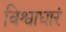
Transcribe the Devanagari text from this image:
विश्वाधारं